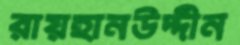
রায়হানউদ্দীন